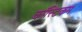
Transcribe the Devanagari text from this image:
कॉस्टिकम